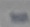
Text: -